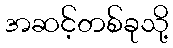
အဆင့်တစ်ခုသို့